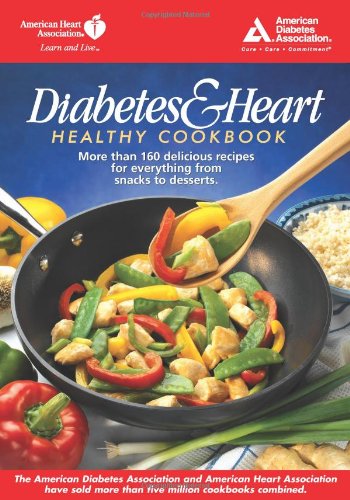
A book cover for Diabetes and Heart - Healthy Cookbook; American Diabetes Association; Health, Fitness & Dieting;